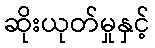
ဆိုးယုတ်မှုနှင့်